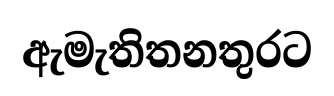
ඇමැතිතනතුරට